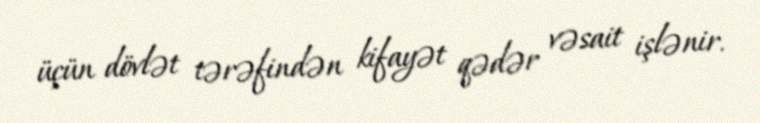
üçün dövlət tərəfindən kifayət qədər vəsait işlənir.